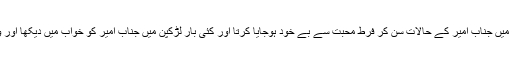
جب میں بچہ تھا اور گاؤں میں جنگ نامے وغیرہ پڑھے جایا کرتے تھے تو میں جناب امیر کے حالات سن کر فرط محبت سے بے خود ہوجایا کرتا اور کئی بار لڑکپن میں جناب امیر کو خواب میں دیکھا اور ویسے بھی پختون جناب امیر سے ان کی شجاعت کے سبب محبت کرتے ہیں۔